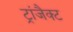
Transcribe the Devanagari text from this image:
ट्रांजैक्ट